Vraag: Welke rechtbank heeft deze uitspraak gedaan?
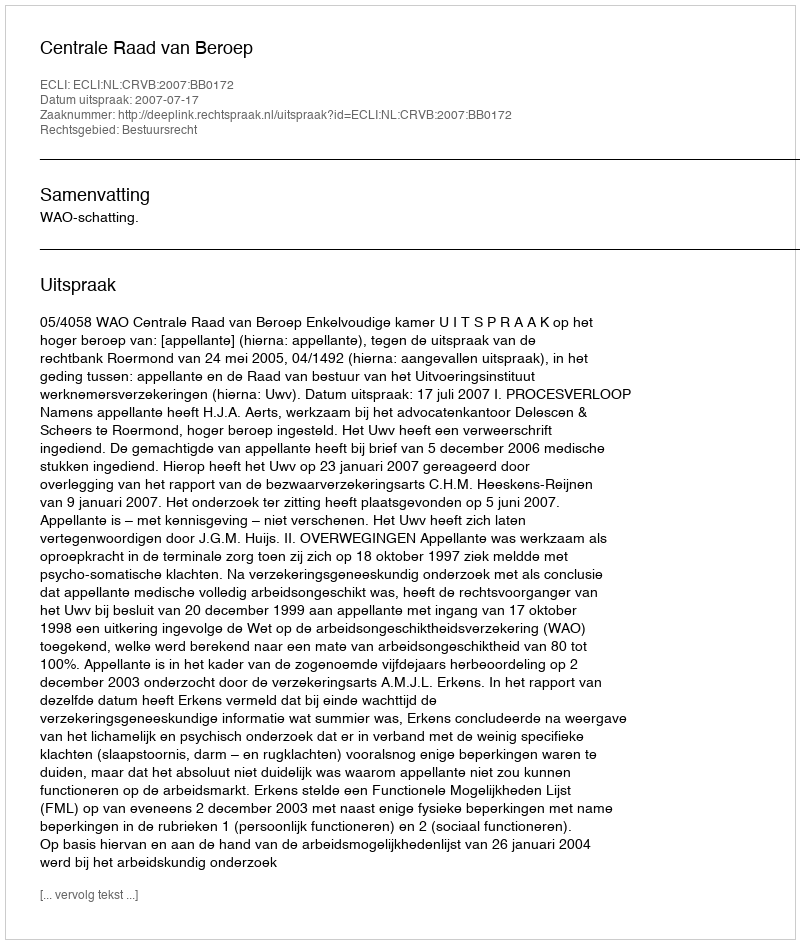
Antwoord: Centrale Raad van Beroep